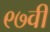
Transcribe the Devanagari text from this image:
९७वी